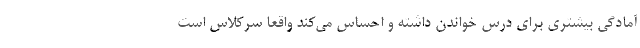
آمادگی بیشتری برای درس خواندن داشته و احساس می‌کند واقعا سرکلاس است